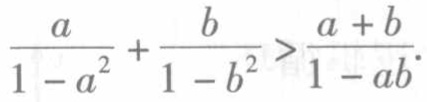
$\frac{a}{1 - a^{2}}+\frac{b}{1 - b^{2}}>\frac{a + b}{1 - ab}.$